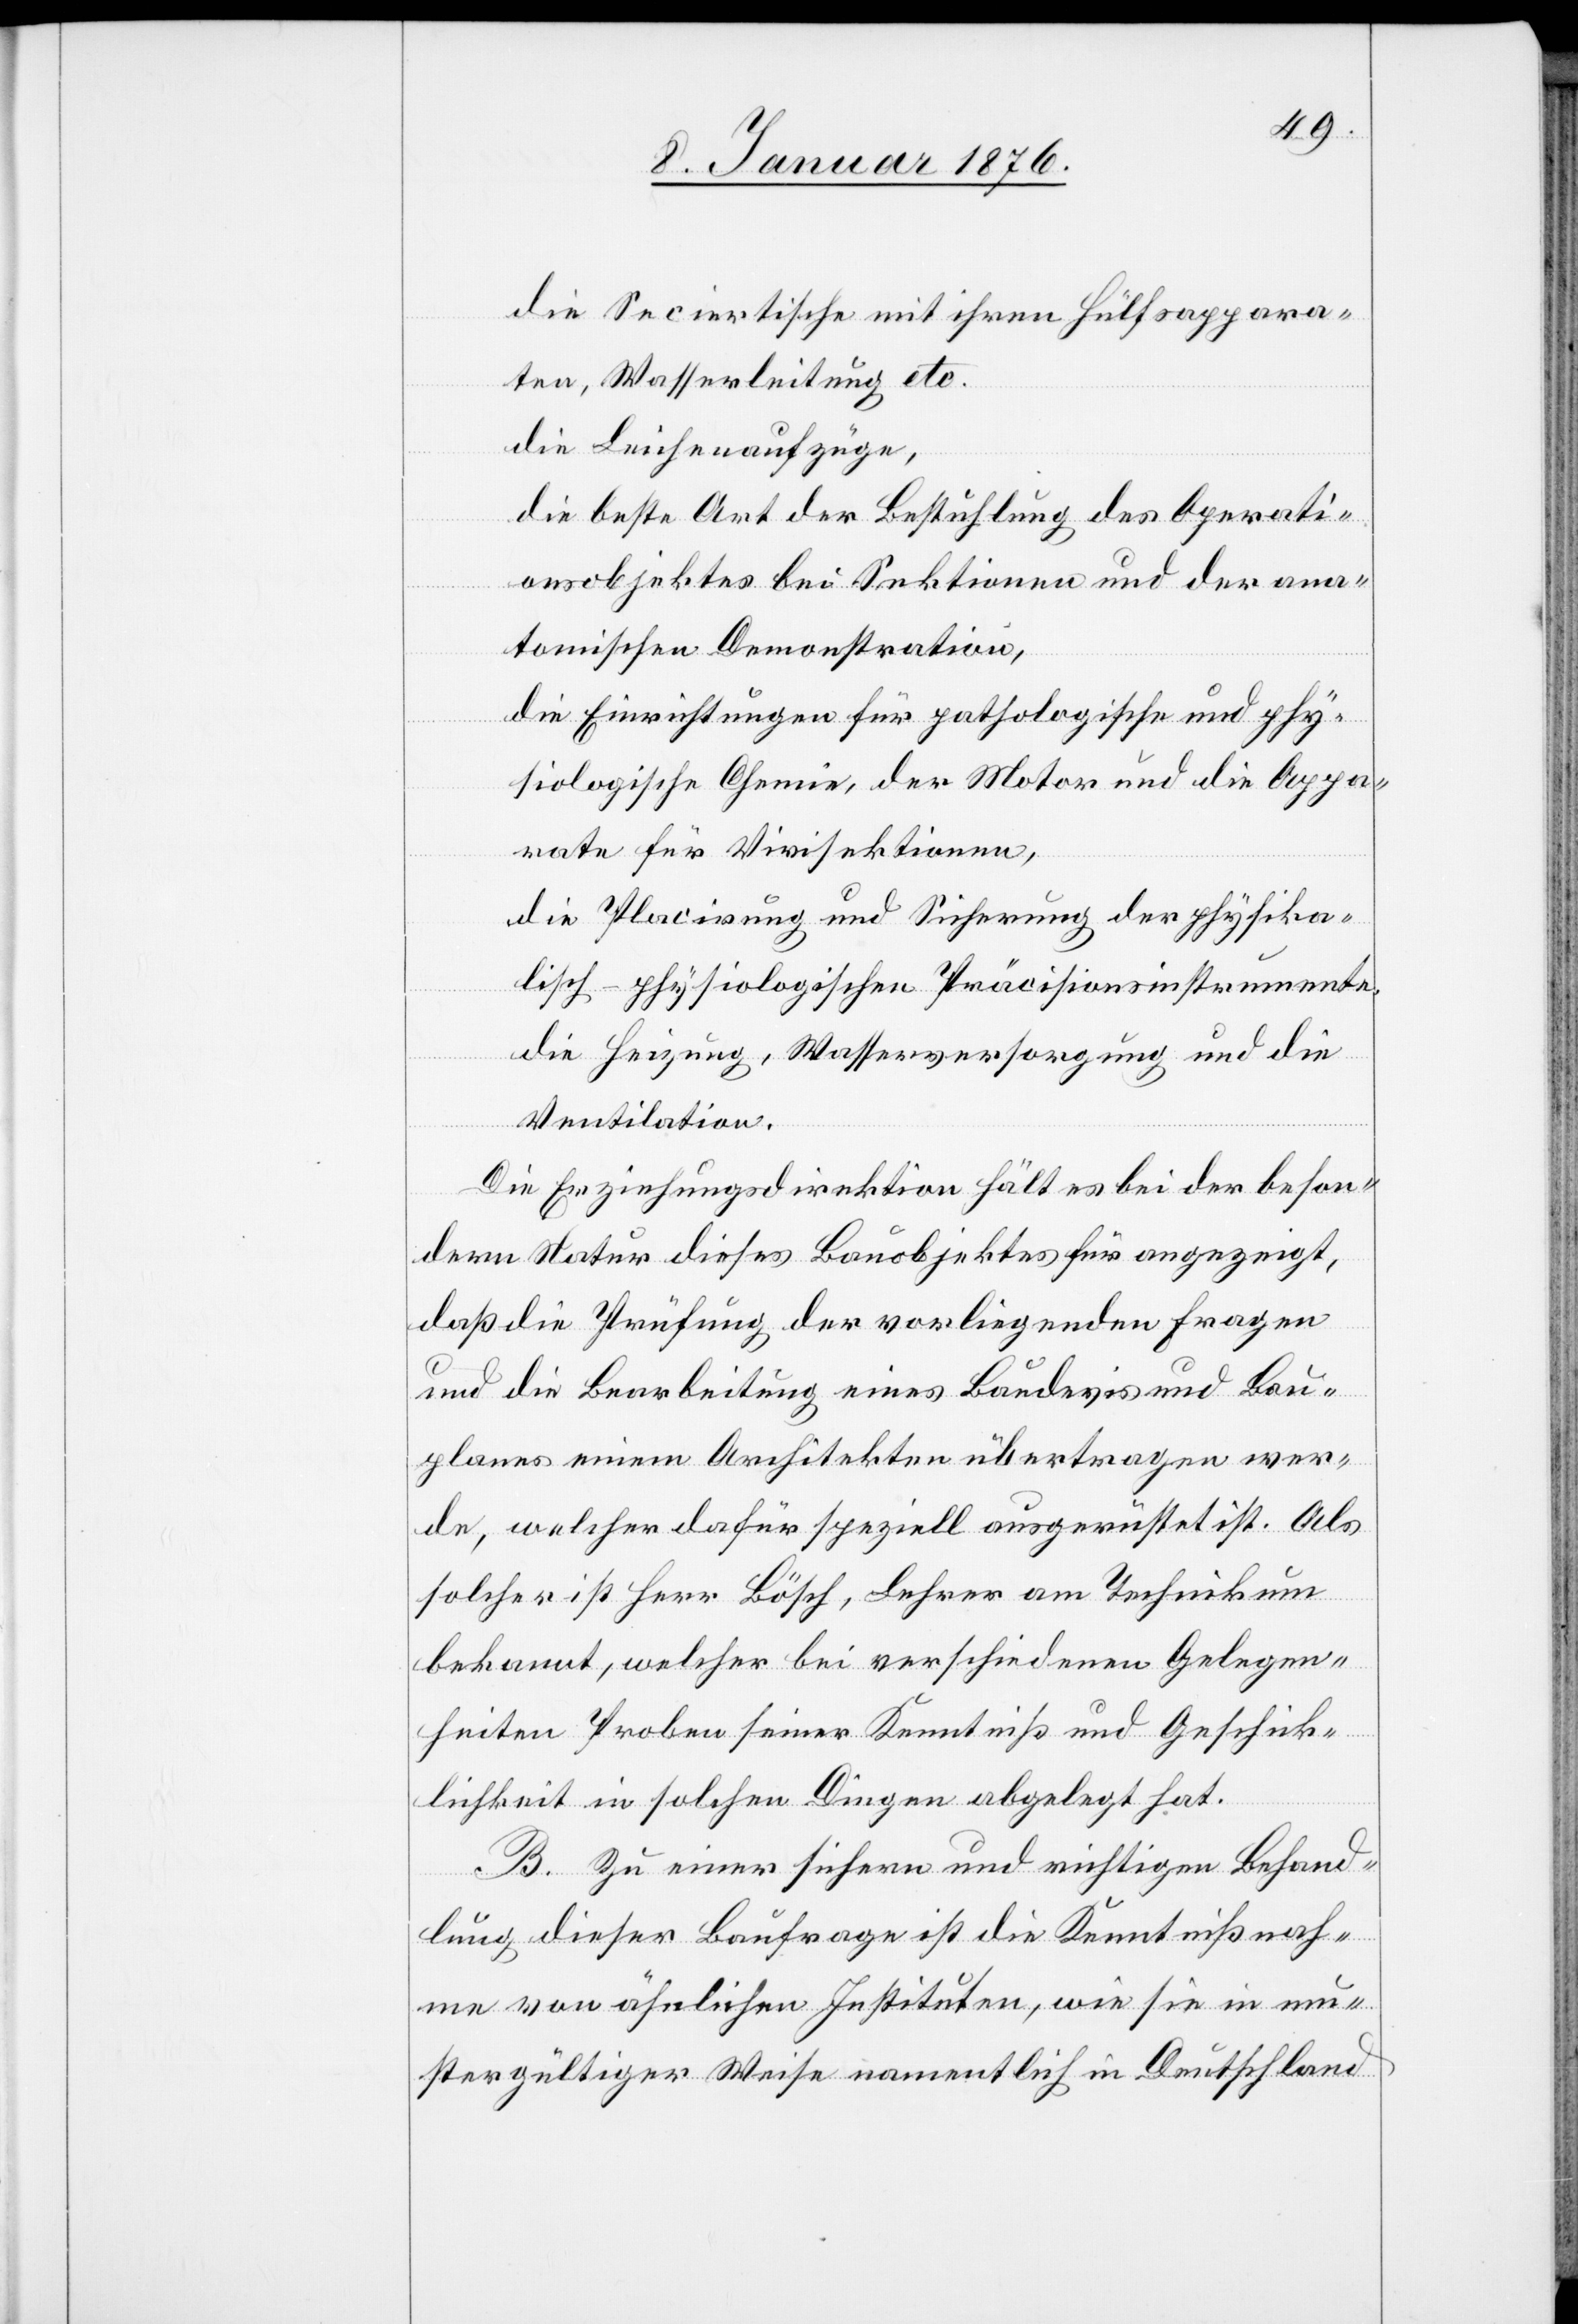
die Seciertische mit ihren Hülfsappara¬
ten, Wasserleitungen etc.
die Leichenaufzüge,
die beste Art der Bestuhlung des Operati¬
onsobjektes bei Sektionen und der ana¬
tomischen Demonstration,
die Einrichtungen für pathologische und phy¬
siologische Chemie, der Motor und die Appa¬
rate für Virisektionen,
die Placirung und Sicherung der physika¬
lisch-physiologischen Präcisionsinstrumente,
die Heizung, Wasserversorgung und die
Ventilation.
Die Erziehungsdirektion hält es bei der beson¬
dern Natur dieses Bauobjektes für angezeigt,
daß die Prüfung der vorliegenden Fragen
und die Bearbeitung eines Baudevis und Bau¬
planes einem Architekten übertragen wer¬
de, welcher dafür speziell ausgerüstet ist. Als
solcher ist Herr Bösch, Lehrer am Technikum
bekannt, welcher bei verschiedenen Gelegen¬
heiten Proben seiner Kenntniß und Geschik¬
lichkeit in solchen Dingen abgelegt hat.
B. Zu einer sichern und richtigen Behand¬
lung dieser Baufrage ist die Kenntnißnah¬
me von ähnlichen Instituten, wie sie in mu¬
stergültiger Weise namentlich in Deutschland